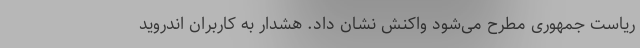
ریاست جمهوری مطرح می‌شود واکنش نشان داد. هشدار به کاربران اندروید